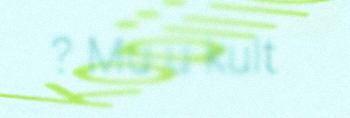
? Mu u kult